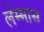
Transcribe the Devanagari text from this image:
लेम्मास